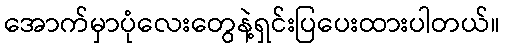
အောက်မှာပုံလေးတွေနဲ့ရှင်းပြပေးထားပါတယ်။